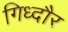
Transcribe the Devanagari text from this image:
गिध्दौर